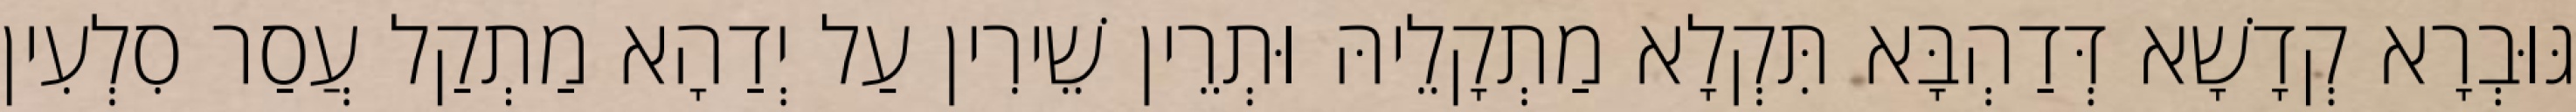
גּוּבְרָא קְדָשָׁא דְּדַהְבָּא תִּקְלָא מַתְקָלֵיהּ וּתְרֵין שֵׁירִין עַל יְדַהָא מַתְקַל עֲסַר סִלְעִין